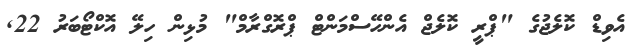
އެވިޑް ކޮލެޖުގެ "ޕްރީ ކޮލެޖް އެންހޭސްމަންޓް ޕްރޮގްރާމް" މުޅިން ހިލޭ އޮކްޓޯބަރު 22